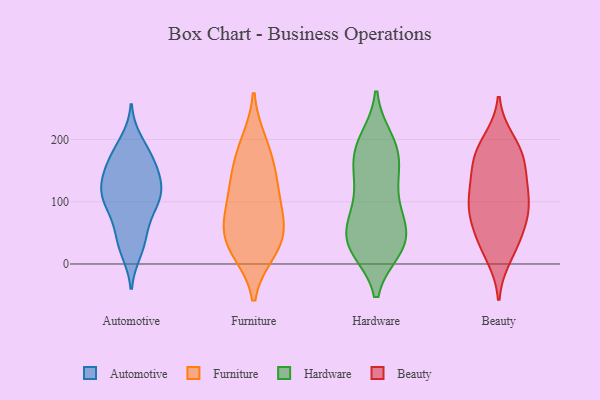
{"axis": {"x": "Page Views", "y": "Value"}, "legend": ["Automotive", "Beauty", "Furniture", "Hardware"], "data": [{"x": "", "y": 196, "type": "Automotive"}, {"x": "", "y": 151, "type": "Automotive"}, {"x": "", "y": 138, "type": "Automotive"}, {"x": "", "y": 21, "type": "Automotive"}, {"x": "", "y": 97, "type": "Automotive"}, {"x": "", "y": 109, "type": "Automotive"}, {"x": "", "y": 110, "type": "Automotive"}, {"x": "", "y": 37, "type": "Automotive"}, {"x": "", "y": 166, "type": "Automotive"}, {"x": "", "y": 132, "type": "Automotive"}, {"x": "", "y": 176, "type": "Automotive"}, {"x": "", "y": 29, "type": "Automotive"}, {"x": "", "y": 103, "type": "Automotive"}, {"x": "", "y": 75, "type": "Automotive"}, {"x": "", "y": 107, "type": "Automotive"}, {"x": "", "y": 59, "type": "Automotive"}, {"x": "", "y": 117, "type": "Automotive"}, {"x": "", "y": 148, "type": "Automotive"}, {"x": "", "y": 180, "type": "Automotive"}, {"x": "", "y": 25, "type": "Furniture"}, {"x": "", "y": 35, "type": "Furniture"}, {"x": "", "y": 69, "type": "Furniture"}, {"x": "", "y": 110, "type": "Furniture"}, {"x": "", "y": 21, "type": "Furniture"}, {"x": "", "y": 56, "type": "Furniture"}, {"x": "", "y": 177, "type": "Furniture"}, {"x": "", "y": 140, "type": "Furniture"}, {"x": "", "y": 131, "type": "Furniture"}, {"x": "", "y": 77, "type": "Furniture"}, {"x": "", "y": 195, "type": "Furniture"}, {"x": "", "y": 90, "type": "Hardware"}, {"x": "", "y": 60, "type": "Hardware"}, {"x": "", "y": 24, "type": "Hardware"}, {"x": "", "y": 32, "type": "Hardware"}, {"x": "", "y": 25, "type": "Hardware"}, {"x": "", "y": 137, "type": "Hardware"}, {"x": "", "y": 200, "type": "Hardware"}, {"x": "", "y": 96, "type": "Hardware"}, {"x": "", "y": 171, "type": "Hardware"}, {"x": "", "y": 24, "type": "Hardware"}, {"x": "", "y": 69, "type": "Hardware"}, {"x": "", "y": 194, "type": "Hardware"}, {"x": "", "y": 141, "type": "Hardware"}, {"x": "", "y": 179, "type": "Hardware"}, {"x": "", "y": 139, "type": "Hardware"}, {"x": "", "y": 55, "type": "Hardware"}, {"x": "", "y": 25, "type": "Hardware"}, {"x": "", "y": 188, "type": "Hardware"}, {"x": "", "y": 49, "type": "Hardware"}, {"x": "", "y": 175, "type": "Beauty"}, {"x": "", "y": 86, "type": "Beauty"}, {"x": "", "y": 181, "type": "Beauty"}, {"x": "", "y": 34, "type": "Beauty"}, {"x": "", "y": 33, "type": "Beauty"}, {"x": "", "y": 155, "type": "Beauty"}, {"x": "", "y": 177, "type": "Beauty"}, {"x": "", "y": 85, "type": "Beauty"}, {"x": "", "y": 83, "type": "Beauty"}, {"x": "", "y": 198, "type": "Beauty"}, {"x": "", "y": 134, "type": "Beauty"}, {"x": "", "y": 122, "type": "Beauty"}, {"x": "", "y": 59, "type": "Beauty"}, {"x": "", "y": 120, "type": "Beauty"}, {"x": "", "y": 13, "type": "Beauty"}, {"x": "", "y": 91, "type": "Beauty"}]}